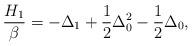
LaTeX: \begin{align*}\frac{H_{1}}{\beta}=-\Delta_1+\frac{1}{2}\Delta_0^2-\frac{1}{2}\Delta_0,\end{align*}